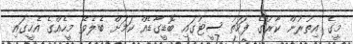
މީގެ އިތުރުން ކާރުގެ ފަހަތު ސީޓުގައި ބޮޑީގާޑެއް ކަމަށް ބެލެވޭ މީހެއްގެ އެހީގައި